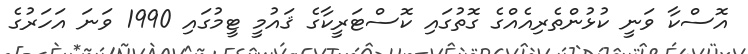
އޮސްކާ ވަނީ ކުޅުންތެރިއެއްގެ ގޮތުގައި ކޮސްޓަރީކާގެ ޤައުމީ ޓީމުގައި 1990 ވަނަ އަހަރުގެ